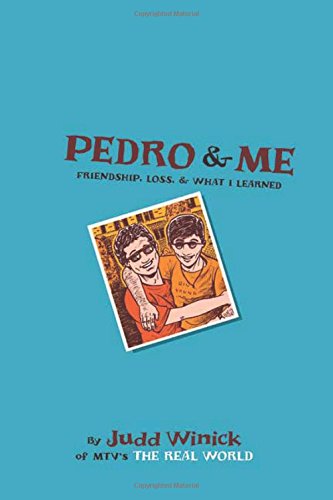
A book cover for Pedro and Me: Friendship, Loss, and What I Learned; Judd Winick; Teen & Young Adult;